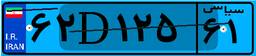
۶۲D۱۲۵۶۱